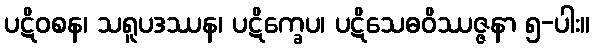
ပဋိဝစန၊ သရူပဒဿန၊ ပဋိက္ခေပ၊ ပဋိသေဓဝိဿဇ္ဇနာ ၅-ပါး။